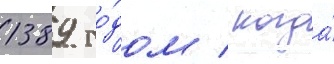
1389 го́дом / когда́